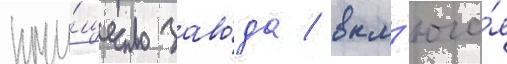
иму́щество заво́да / вкл'юча́я